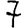
Digit: 7